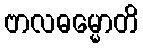
ဗာလဓမ္မောတိ